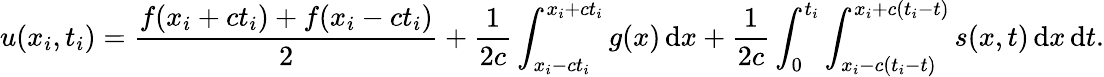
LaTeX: u(x_{i},t_{i})={\frac{f(x_{i}+ct_{i})+f(x_{i}-ct_{i})}{2}}+{\frac{1}{2c}}\int_{x_{i}-ct_{i}}^{x_{i}+ct_{i}}g(x)\, \mathrm{d}x+{\frac{1}{2c}}\int_{0}^{t_{i}}\int_{x_{i}-c\left(t_{i}-t\right)}^{x_{i}+c\left(t_{i}-t\right)}s(x,t)\, \mathrm{d}x\, \mathrm{d}t.